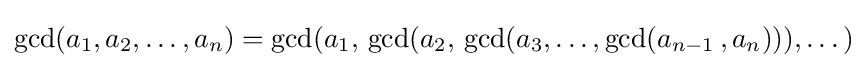
\gcd(a_{1},a_{2},\dots ,a_{n})=\gcd(a_{1},\,\gcd(a_{2},\,\gcd(a_{3},\dots ,\gcd(a_{n-1}\,,a_{n}))),\dots )